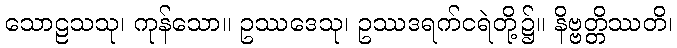
သောဠသသု၊ ကုန်သော။ ဥဿဒေသု၊ ဥဿဒရက်ငရဲတို့၌။ နိဗ္ဗတ္တိဿတိ၊